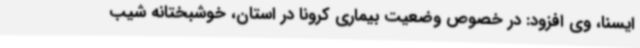
ایسنا، وی افزود: در خصوص وضعیت بیماری کرونا در استان، خوشبختانه شیب